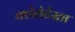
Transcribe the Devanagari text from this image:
क्लेरोटेस्ता